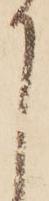
り